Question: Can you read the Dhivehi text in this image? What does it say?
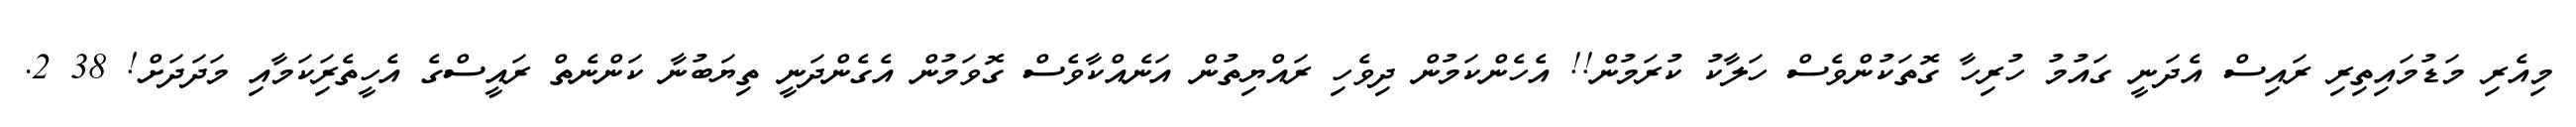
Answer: މިއެރި މަޑުމައިތިރި ރައިސް އެދަނީ ގައުމު ހުރިހާ ގޮތަކުންވެސް ހަލާކު ކުރަމުން!! އެހެންކަމުން ދިވެހި ރައްޔިތުން އަނެއްކާވެސް ގޮވަމުން އެގެންދަނީ ތިޔަބުނާ ކަންނެތް ރައީސްގެ އެހީތެރިަކަމާއި މަދަދަށް! 38 2.